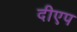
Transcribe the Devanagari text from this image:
दीएप